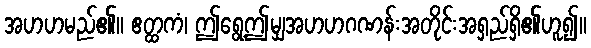
အဟဟမည်၏။ ဧတ္ထကံ၊ ဤရွေ့ဤမျှအဟဟဂဏန်းအတိုင်းအရှည်ရှိ၏ဟူ၍။